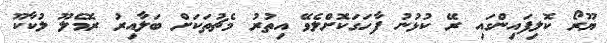
ޔޫރޯ ކޮލިފައިންގައި ރޭ ކުޅުނު ފާހަގަކޮށްލެވޭ އިތުރު މެޗުތަކަށް ބަލާއިރު ރޮމެލޫ ލުކާކޫ